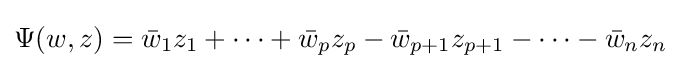
\Psi (w,z)={\bar {w}}_{1}z_{1}+\cdots +{\bar {w}}_{p}z_{p}-{\bar {w}}_{p+1}z_{p+1}-\cdots -{\bar {w}}_{n}z_{n}